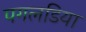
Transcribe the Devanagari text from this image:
पगलडिया